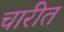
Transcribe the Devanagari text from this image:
चारीत